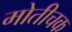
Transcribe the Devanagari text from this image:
मोतीचक